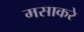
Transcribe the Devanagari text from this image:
मसाकरे